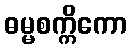
ဓမ္မစက္ကိကော